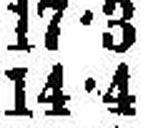
14•4